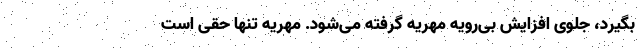
بگیرد، جلوی افزایش بی‌رویه مهریه گرفته می‌شود. مهریه تنها حقی است